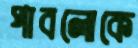
পাবলোকে